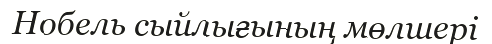
Нобель сыйлығының мөлшері